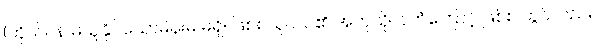
(ကိုယ်ဝန် မယူနိုင်သောမိန်းမ မရှိ။ ဖြစ်စသူငယ်၏ အကုသိုလ်ကံကြောင့် ဖြစ်စ တွင်လည်း